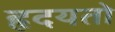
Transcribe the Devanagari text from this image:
हृदयतो